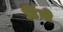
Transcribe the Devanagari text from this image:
डिंघी